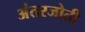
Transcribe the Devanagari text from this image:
अंतरजोती